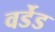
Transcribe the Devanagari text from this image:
वर्डेड